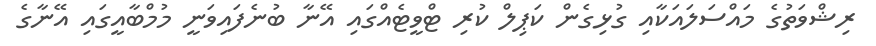
ރިޝްވަތުގެ މައްސަލައަކާއި ގުޅިގެން ކަޕިލް ކުރި ޓްވީޓެއްގައި އޭނާ ބުނެފައިވަނީ މުމްބާއީގައި އޭނާގެ